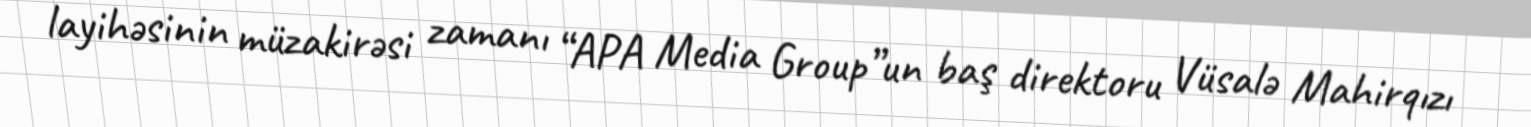
layihəsinin müzakirəsi zamanı “APA Media Group”un baş direktoru Vüsalə Mahirqızı